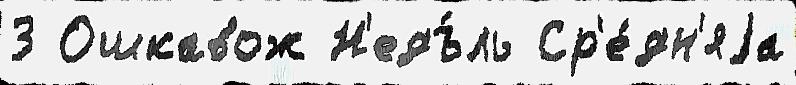
3 Ошкавож Н'едъ́ль Ср'е́дн'яjа